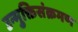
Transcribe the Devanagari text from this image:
उन्मुक्तिसंक्रमण